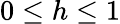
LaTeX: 0\leq h\leq 1